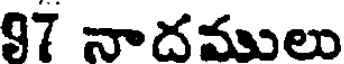
97 నాదములు